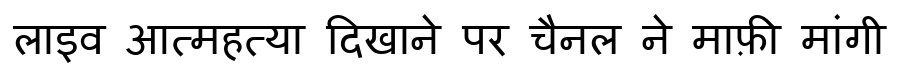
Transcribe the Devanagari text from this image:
लाइव आत्महत्या दिखाने पर चैनल ने माफ़ी मांगी